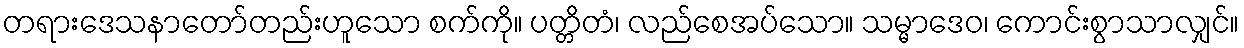
တရားဒေသနာတော်တည်းဟူသော စက်ကို။ ပတ္တိတံ၊ လည်စေအပ်သော။ သမ္မာဒေဝ၊ ကောင်းစွာသာလျှင်။